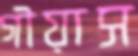
গীয়াস